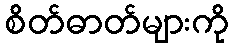
စိတ်ဓာတ်များကို